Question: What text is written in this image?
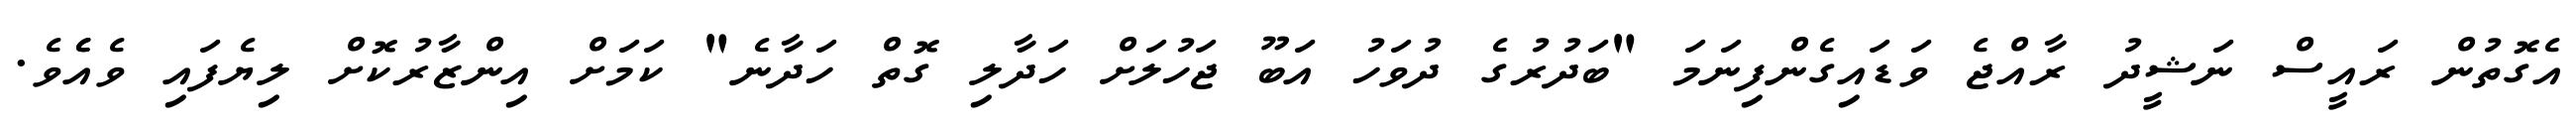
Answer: އެގޮތުން ރައީސް ނަޝީދު ރާއްޖެ ވަޑައިގެންފިނަމަ "ބަދުރުގެ ދުވަހު އަބޫ ޖަހުލަށް ހަދާލި ގޮތް ހަދާނެ" ކަމަށް އިންޒާރުކޮށް ލިޔެފައި ވެއެެވެ.